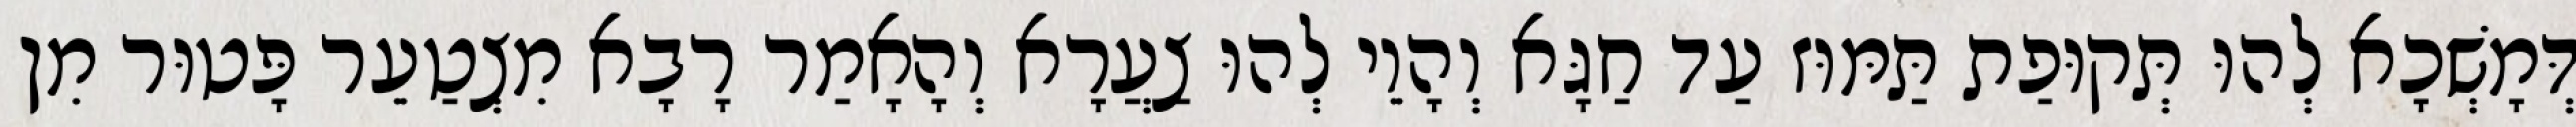
דְּמָשְׁכָא לְהוּ תְּקוּפַת תַּמּוּז עַד חַגָּא וְהָוֵי לְהוּ צַעֲרָא וְהָאָמַר רָבָא מִצְטַעֵר פָּטוּר מִן